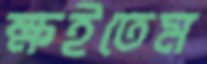
ক্ষইতেম